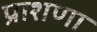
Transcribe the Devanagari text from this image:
प्राशणा